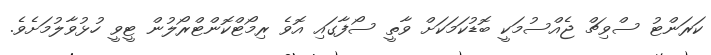
ކަރަންޓު ސްވިޗް ޖެއްސުމަކީ ބޮޑުކަމަކަށް ވާތީ ސޯފާގައި އޮވެ ރިމޯޓްކޮންޓްރޯލުން ޓީވީ ހުޅުވާލުމަށެވެ.